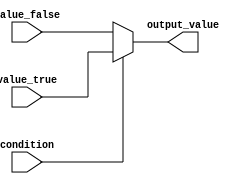
module conditional_assign(
    input wire condition,
    input wire [3:0] value_true,
    input wire [3:0] value_false,
    output reg [3:0] output_value
);

always @* begin
    if (condition) begin
        output_value <= value_true;
    end else begin
        output_value <= value_false;
    end
end

endmodule